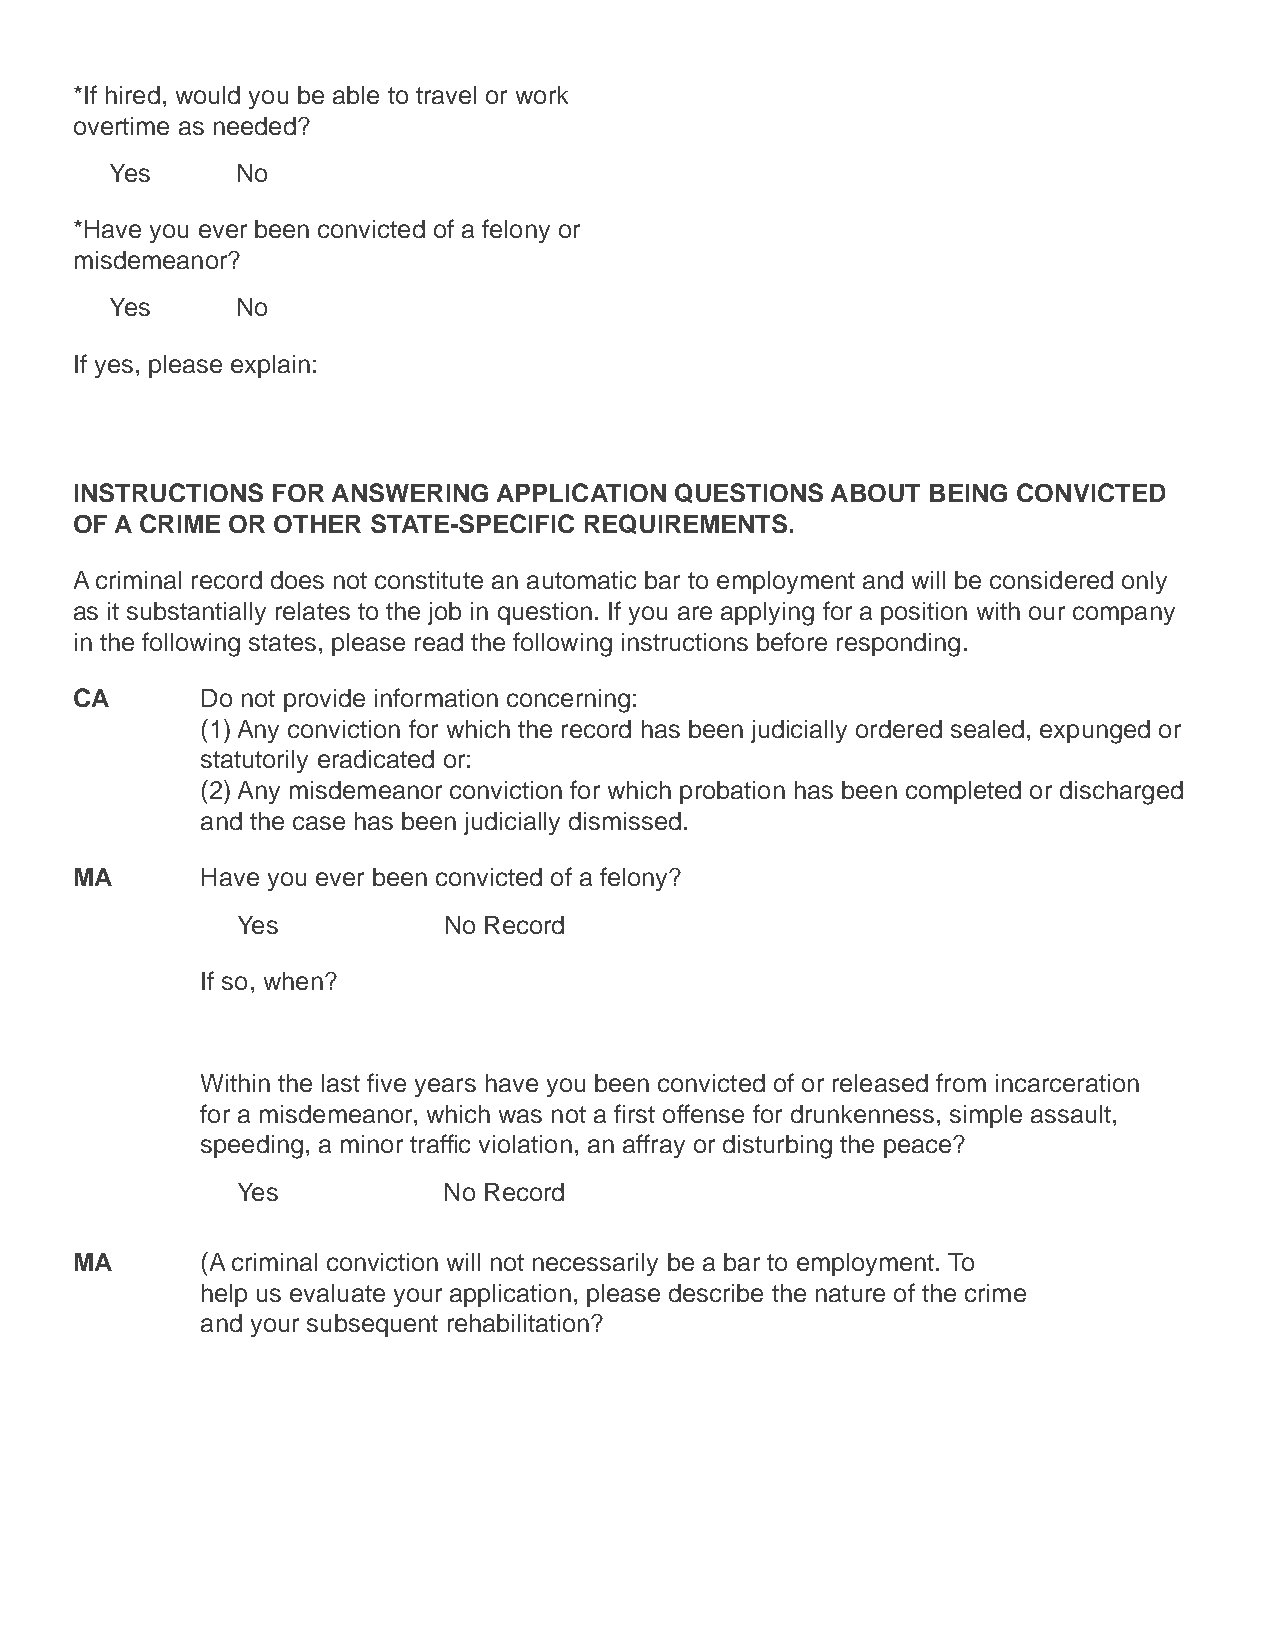
*If hired, would you be able to travel or work
 overtime as needed?
 Yes      No
 *Have you ever been convicted of a felony or
 misdemeanor?
 Yes      No
 If yes, please explain:
 INSTRUCTIONS FOR ANSWERING  APPLICATION QUESTIONS ABOUT BEING CONVICTED
 OF A CRIME OR OTHER STATE-SPECIFIC REQUIREMENTS.
 A criminal record does not constitute an automatic bar to employment and will be considered only
 as it substantially relates to the job in question. If you are applying for a position with our company
 in the following states, please read the following instructions before responding.
 CA      Do not provide information concerning:
 (1) Any conviction for which the record has been judicially ordered sealed, expunged or
 statutorily eradicated or:
 (2) Any misdemeanor conviction for which probation has been completed or discharged
 and the case has been judicially dismissed.
 MA      Have you ever been convicted of a felony?
 Yes          No Record
 If so, when?
 Within the last five years have you been convicted of or released from incarceration
 for a misdemeanor, which was not a first offense for drunkenness, simple assault,
 speeding, a minor traffic violation, an affray or disturbing the peace?
 Yes          No Record
 MA      (A criminal conviction will not necessarily be a bar to employment. To
 help us evaluate your application, please describe the nature of the crime
 and your subsequent rehabilitation?